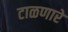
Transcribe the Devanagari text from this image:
टाळणारे